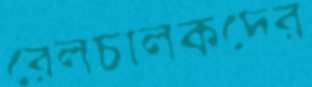
রেলচালকদের